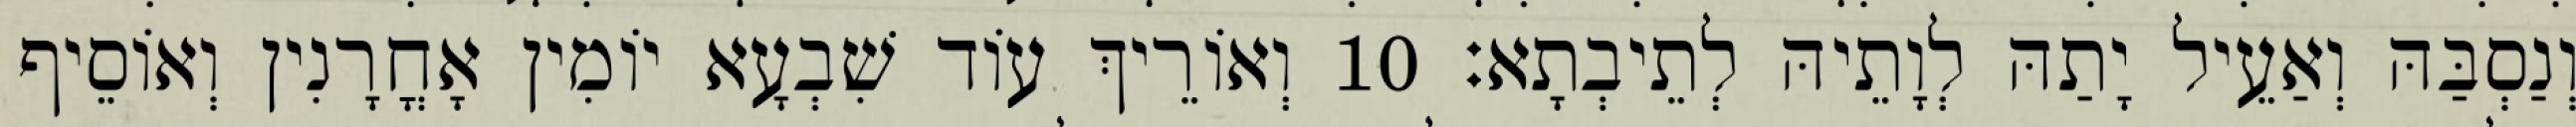
וְנַסְבַּהּ וְאַעֵיל יָתַהּ לְוָתֵיהּ לְתֵיבְתָא׃ 10 וְאוֹרֵיךְ עוֹד שִׁבְעָא יוֹמִין אָחֳרָנִין וְאוֹסֵיף